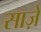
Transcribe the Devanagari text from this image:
साज़े